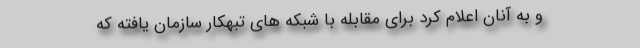
و به آنان اعلام کرد برای مقابله با شبکه های تبهکار سازمان یافته که